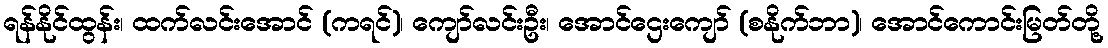
ရန်နိုင်ထွန်း၊ ထက်လင်းအောင် (ကရင်)၊ ကျော်လင်းဦး၊ အောင်ဌေးကျော် (စနိုက်ဘာ)၊ အောင်ကောင်းမြတ်တို့